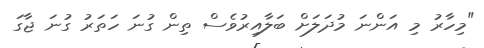
"މިހާރު މި އަންނަ މުދަލަށް ބަލާއިރުވެސް ތިން ގުނަ ހަތަރު ގުނަ ޖާގަ